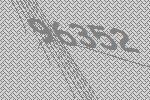
96352